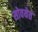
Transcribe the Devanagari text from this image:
सोवयेत